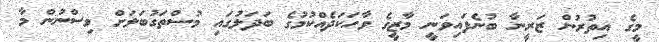
މީގެ އިތުރުން ޒަރީނާ ބުނެފައިވަނީ މާޒީގެ ވާހަކަދެއްކުމުގެ ބަދަލުގައި މުސްތަގުބަލަށް ވިސްނުން މާ